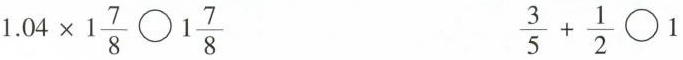
$$1.04 \times 1 \frac{7}{8}\bigcirc 1 \frac{7}{8}$$ $$\frac{3}{5}+ \frac{1}{2}\bigcirc 1$$